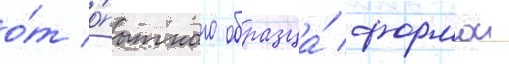
о́т о́пытного образца́ формои